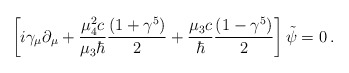
\begin{align*}\left [ i\gamma_\mu \partial_\mu + {\mu_4^2 c\over \mu_3 \hbar}{(1+\gamma^5)\over 2} + {\mu_3 c \over \hbar} {(1-\gamma^5)\over 2}\right ]\tilde\psi = 0\,.\end{align*}